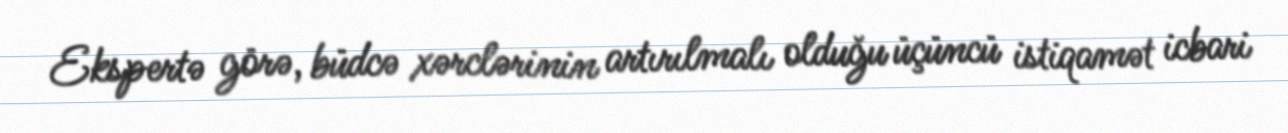
Ekspertə görə, büdcə xərclərinin artırılmalı olduğu üçüncü istiqamət icbari